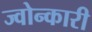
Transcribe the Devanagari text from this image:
ज्वोन्कारी